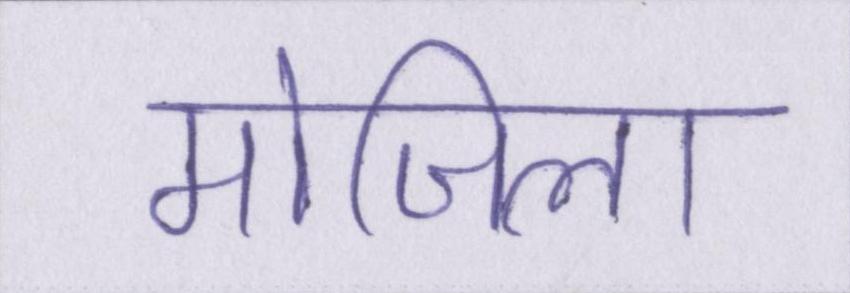
मोजिला